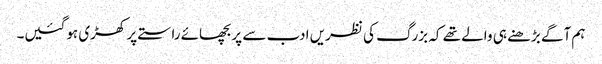
ہم آگے بڑھنے ہی والے تھے کہ بزرگ کی نظریں ادب سے پر بچھائے راستے پر کھڑی ہوگئیں۔